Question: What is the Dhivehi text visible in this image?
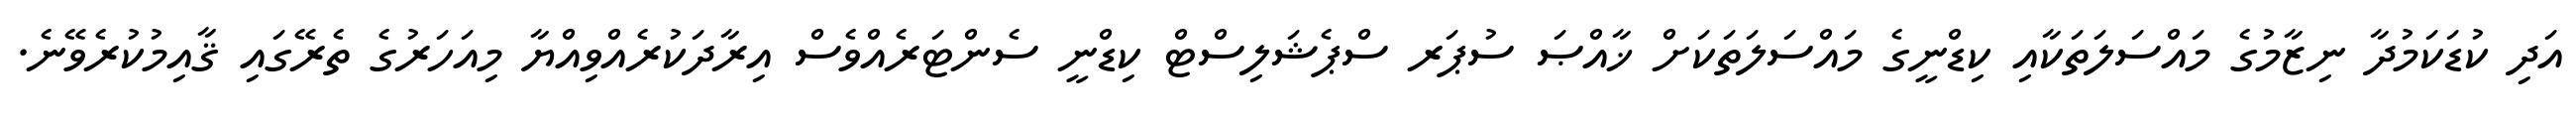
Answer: އަދި ކުޑަކަމުދާ ނިޒާމުގެ މައްސަލަތަކާއި ކިޑްނީގެ މައްސަލަތަކަށް ޚާއްޞަ ސުޕަރ ސްޕެޝަލިސްޓް ކިޑްނީ ސެންޓަރެއްވެސް އިރާދަކުރެއްވިއްޔާ މިއަހަރުގެ ތެރޭގައި ޤާއިމުކުރެވޭނެ.